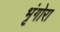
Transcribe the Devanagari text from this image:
भृंगोरा